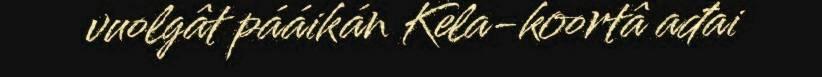
vuolgât pááikán Kela-koortâ ađai